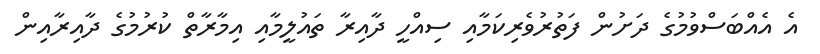
އެ އެއްބަސްވުމުގެ ދަށުން ފަތުރުވެރިކަމާއި ސިއްހީ ދާއިރާ ތައުލީމާއި އިމާރާތް ކުރުމުގެ ދާއިރާއިން